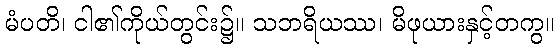
မံပတိ၊ ငါ၏ကိုယ်တွင်း၌။ သဘရိယဿ၊ မိဖုယားနှင့်တကွ။